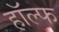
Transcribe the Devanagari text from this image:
हॉल्फ